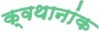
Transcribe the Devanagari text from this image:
क्वथानांक